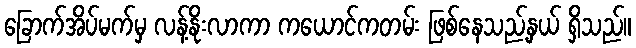
ခြောက်အိပ်မက်မှ လန့်နိုးလာကာ ကယောင်ကတမ်း ဖြစ်နေသည့်နှယ် ရှိသည်။